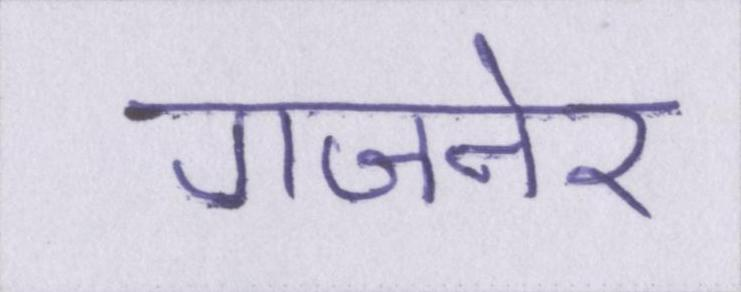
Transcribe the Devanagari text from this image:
गजनेर